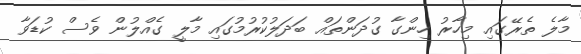
މާލެ ތެރޭގައި މިހާރު ހިންގާ ގުދަންތައް ބަދަލުކުރުމުގައި މާލީ ގެއްލުން ވެސް ކުޑަވާ